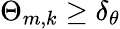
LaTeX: \Theta_{m,k}\ge\delta_{\theta}